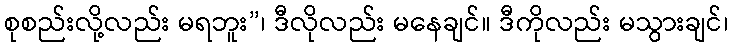
စုစည်းလို့လည်း မရဘူး”၊ ဒီလိုလည်း မနေချင်။ ဒီကိုလည်း မသွားချင်၊